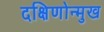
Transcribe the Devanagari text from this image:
दक्षिणोन्मुख